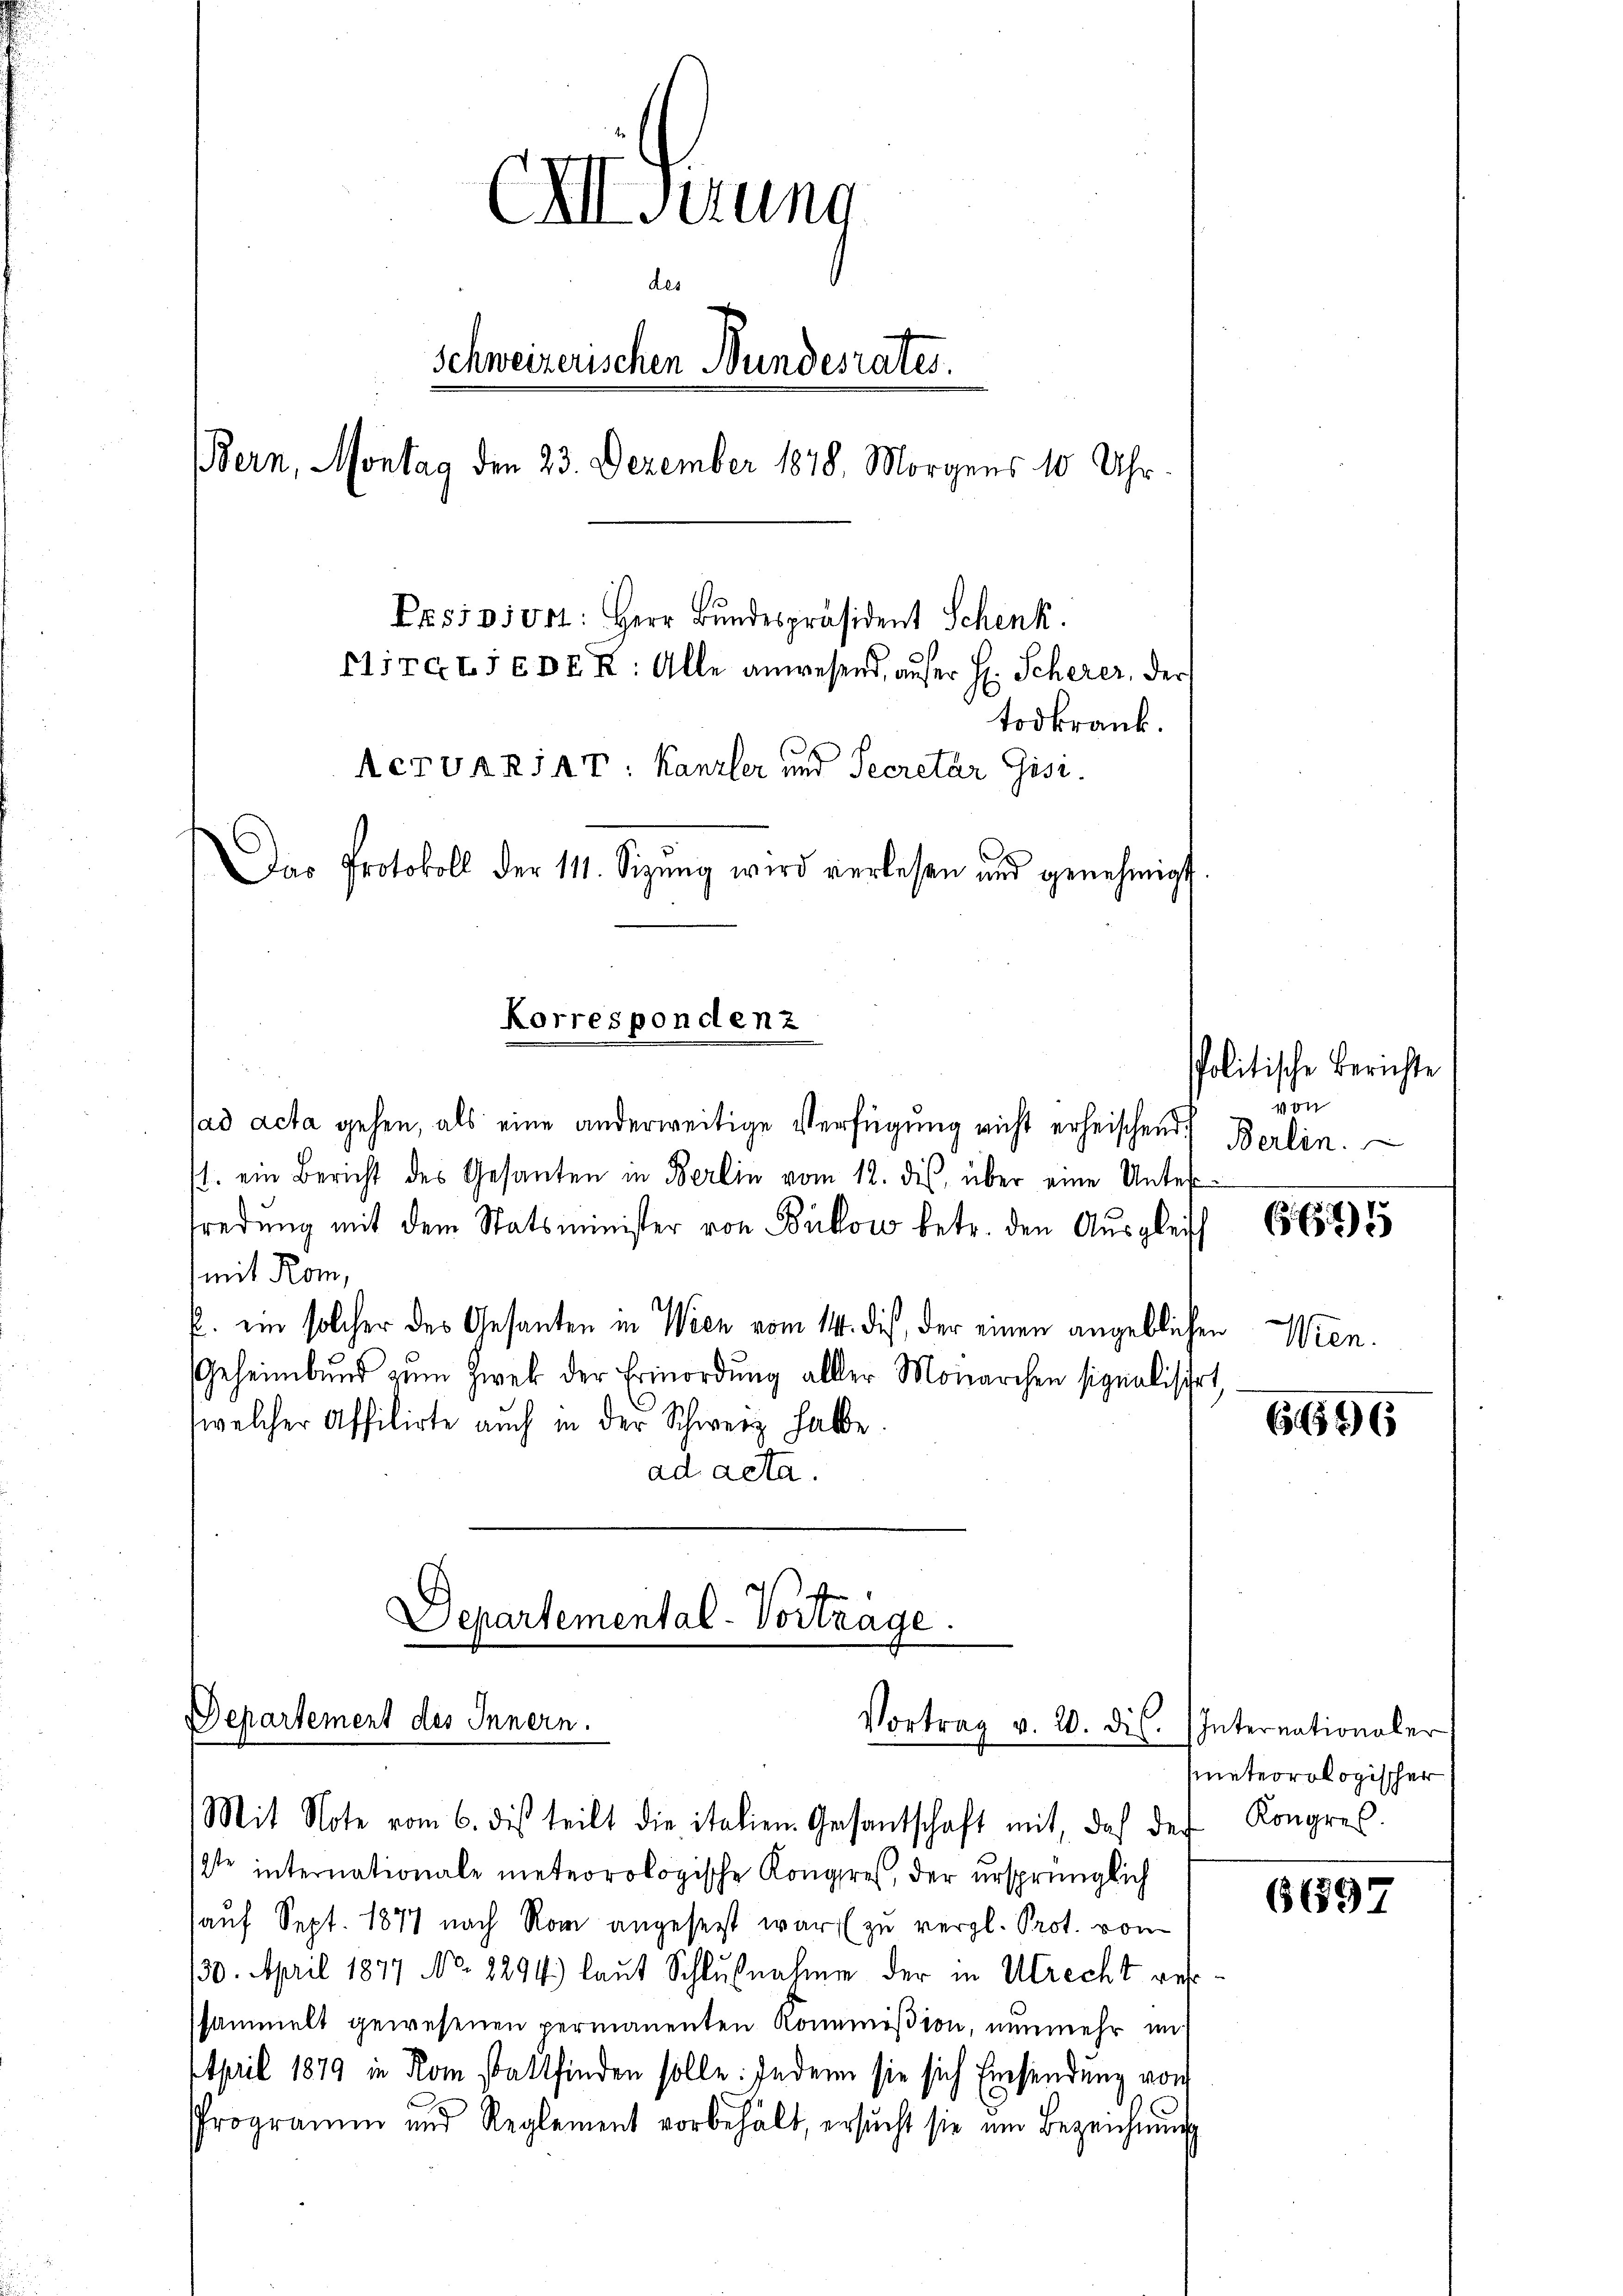
Jad acta gehen, als eine anderweitige Verfügung nicht erheischend
st. ein Bericht des Gesanten in Berlin vom 12. dis, über eine Unterredung mit dem Statsminister von Bukow betr. den Ausgleich
(mit Rom,
E. ein solcher des Gesanten in Wien vom 14. dieß, der einen angeblichen
Geheimbund zum Zwek der Ermordung aller Monarchen signalischet,
(welcher Affilirte auch in der Schwerz hatte.
ad acta.

C. Gerung
des
Schweizerischen Bundesrates.
Bern, Montag den 23. Dezember 1878, Morgens 10 Uhr.
Prssvivrt: Herr Bundespräsident Schenk.
riiret.s EDER: Alle anwesend, aufer H. Scherer, der
todkrank.
Acrvakiar Kanzler und Secretär Gisi
Das Protokoll der 111. Sizŭng wird verlesen und genehmigt

Korrespondenz

Departemental-Vortrage.
Departement des Innern.
Vortrag v. 20. ds. Internationaler

Mit Note vom 6. des teilt die italien Gesantschaft mit, daß der Kongres
2te internationale meteorologische Kongres, der ursprünglich
auf Sept. 1877 nach Rom angesetzt war (zu vergl. Prot. vom
130. April 1877 No. 8294.) laut Schlußnahmen der in Utrecht resssammelt gewesenen permanenten Kommißion, nunmehr im
April 1879 in Rom stattfinden solle: Indem sie sich Einsendung von
Programm und Reglement vorbehält, ersŭcht sie ŭm Bezeichnŭng

politische Berichte
von
Berlin.

645

Wien.

696

meteorologischer

61897